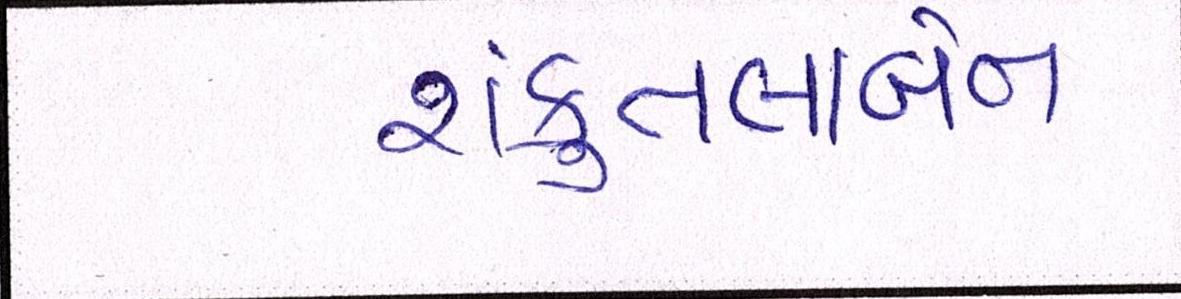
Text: શંકુતલાબેન